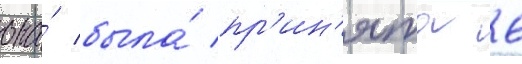
она́ была́ пр'ин'ята 6